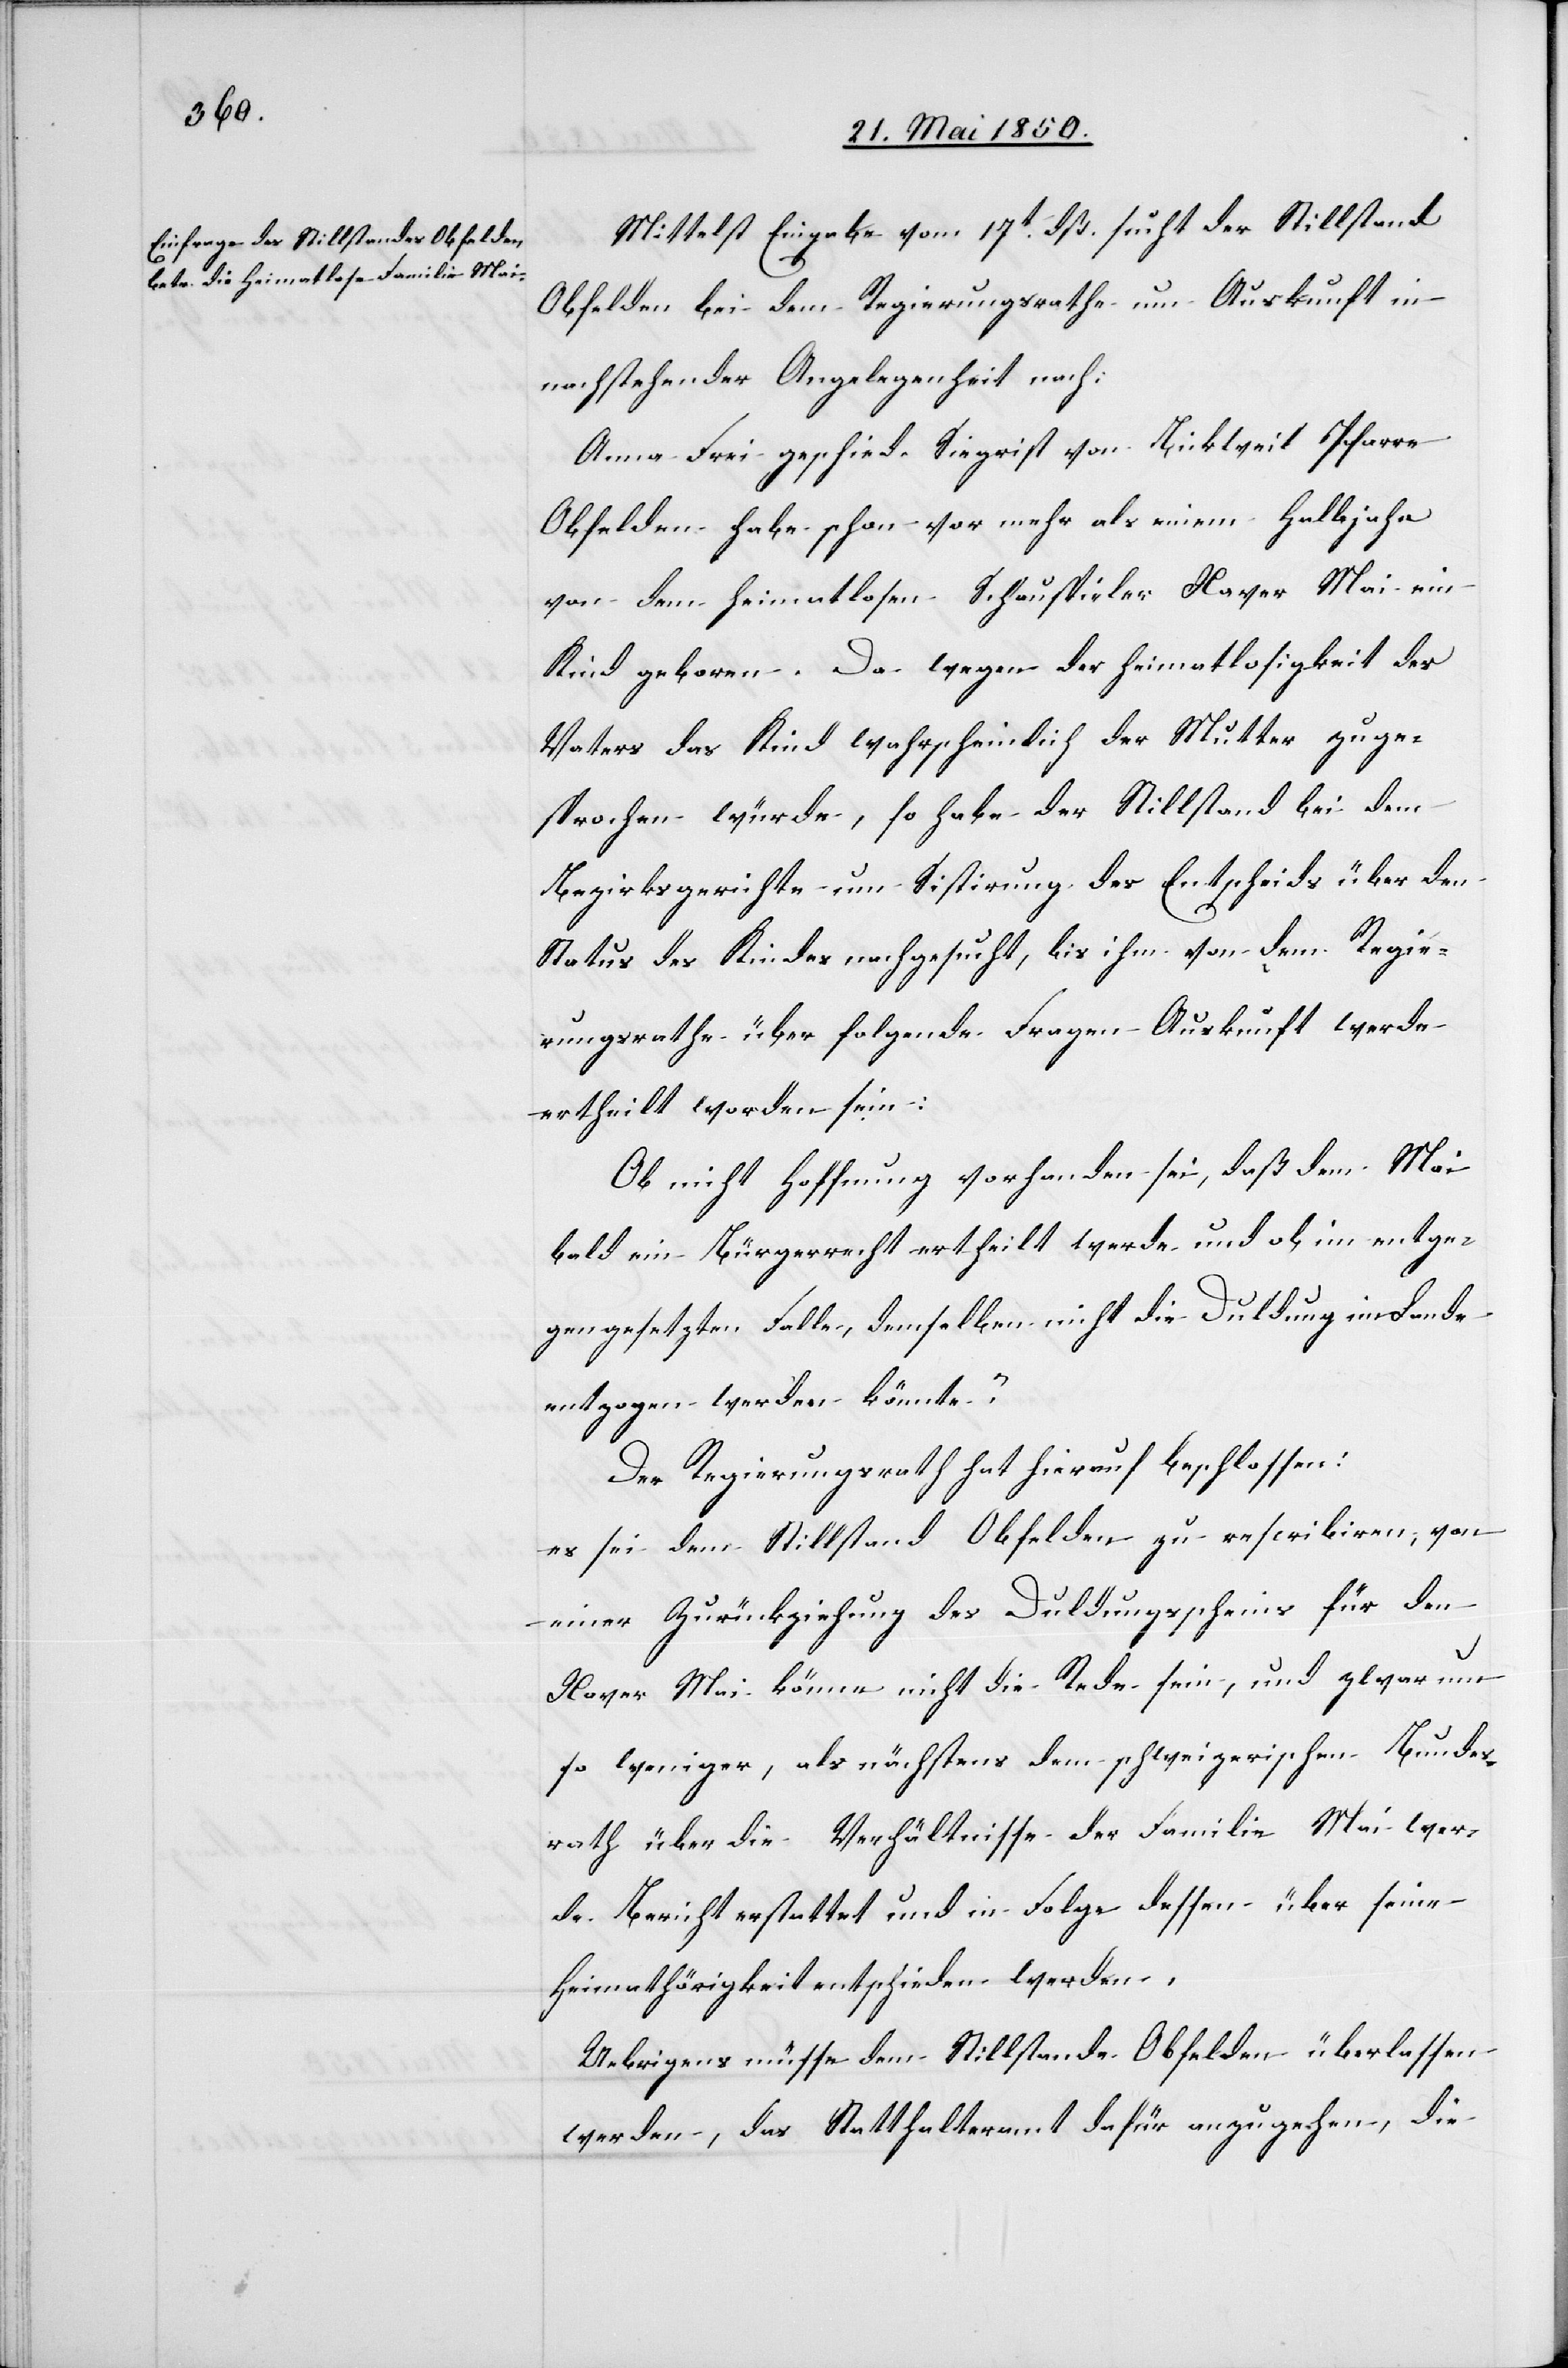
Mittelst Eingabe vom 17t dß. sucht der Stillstand
Obfelden bei dem Regierungsrathe um Auskunft in
nachstehender Angelegenheit nach:
Anna Frei geschied. Siegrist von Bickweil Pfarre
Obfelden habe schon vor mehr als einem Halbjahr
von dem heimatlosen Schauspieler Xaver Mai ein
Kind geboren. Da wegen der Heimatlosigkeit des
Vaters das Kind wahrscheinlich der Mutter zuge¬
sprochen würde, so habe der Stillstand bei dem
Bezirksgerichte um Sistirung des Entscheids über den
Status des Kindes nachgesucht, bis ihm von dem Regie¬
rungsrathe über folgende Fragen Auskunft werde
ertheilt worden sein:
Ob nicht Hoffnung vorhanden sei, daß dem Mai
bald ein Bürgerrecht ertheilt werde und ob im entge¬
gengesetzten Falle, demselben nicht die Duldung im Lande
entzogen werden könnte?
Der Regierungsrath hat hierauf beschlossen:
es sei dem Stillstand Obfelden zu rescribiren, von
einer Zurückziehung des Duldungsscheins für den
Xaver Mai könne nicht die Rede sein, und zwar um
so weniger, als nächstens dem schweizerischen Bundes¬
rath über die Verhältnisse der Familie Mai wer¬
de Bericht erstattet und in Folge dessen über seine
Heimathörigkeit entschieden werden.
Uebrigens müsse dem Stillstande Obfelden überlassen
werden, das Statthalteramt dafür anzugehen, die